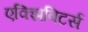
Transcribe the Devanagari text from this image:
एक्झिबिटर्स